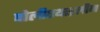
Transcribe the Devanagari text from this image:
पोलीएथाइलीन